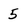
Character: 5